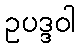
ဥပဒ္ဒဝါ